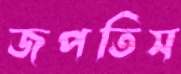
জপতিস